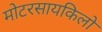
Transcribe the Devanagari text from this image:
मोटरसायकिलों